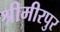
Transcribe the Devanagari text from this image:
श्रीमीरपुर